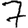
Digit: 7